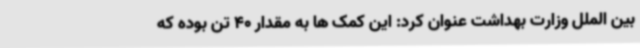
بین الملل وزارت بهداشت عنوان کرد: این کمک ها به مقدار 40 تن بوده که